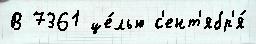
В 7361 це́лью с'ент'ябр'я́